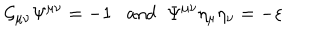
{ \cal G } _ { \mu \nu } \Psi ^ { \mu \nu } = - 1 \; \; \mathrm { ~ a n d } \; \; \Psi ^ { \mu \nu } \eta _ { \mu } \eta _ { \nu } = - \varepsilon